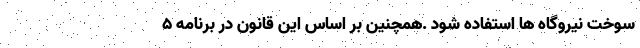
سوخت نیروگاه ها استفاده شود .همچنین بر اساس این قانون در برنامه ۵